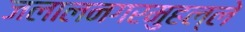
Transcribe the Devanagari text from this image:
जलालनगरमुहल्ले